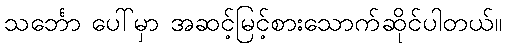
သင်္ဘော ပေါ်မှာ အဆင့်မြင့်စားသောက်ဆိုင်ပါတယ်။